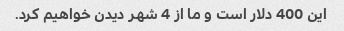
این 400 دلار است و ما از 4 شهر دیدن خواهیم کرد.